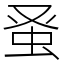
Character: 𫊫